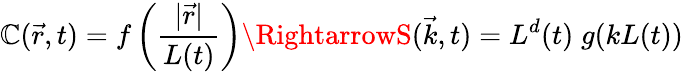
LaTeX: \mathbb{C}(\vec{{r}},t)=f\left(\frac{{|\vec{{r}}|}}{{L(t)}}\right)\RightarrowS(\vec{{k}},t)=L^{d}(t)\; g(kL(t))